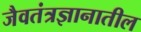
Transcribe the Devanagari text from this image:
जैवतंत्रज्ञानातील